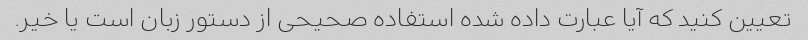
تعیین کنید که آیا عبارت داده شده استفاده صحیحی از دستور زبان است یا خیر.